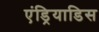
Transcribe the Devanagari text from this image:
एंड्रियाडिस